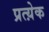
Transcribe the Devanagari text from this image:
प्रत्य़ेक